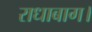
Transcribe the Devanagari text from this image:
राधाबाग।